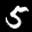
Label: 5